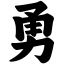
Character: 勇